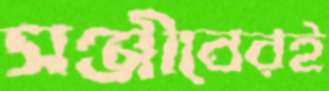
সঞ্জীবেরই